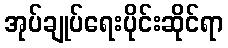
အုပ်ချုပ်ရေးပိုင်းဆိုင်ရာ